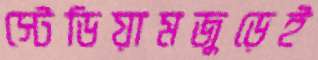
স্টেডিয়ামজুড়েই